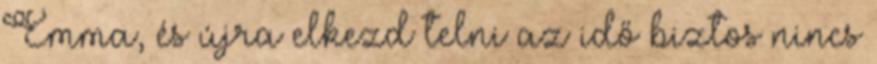
Emma, és újra elkezd telni az idő biztos nincs